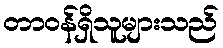
တာဝန်ရှိသူများသည်